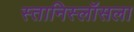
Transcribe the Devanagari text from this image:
स्तानिस्लॉसला